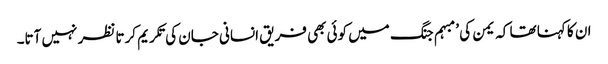
ان کا کہنا تھا کہ یمن کی ’مبہم جنگ میں کوئی بھی فریق انسانی جان کی تکریم کرتا نظر نہیں آتا۔